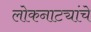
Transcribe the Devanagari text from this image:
लोकनाट्यांचे